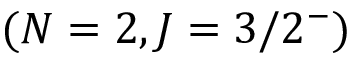
( N = 2 , J = 3 / 2 ^ { - } )